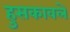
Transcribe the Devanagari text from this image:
हुसकावले